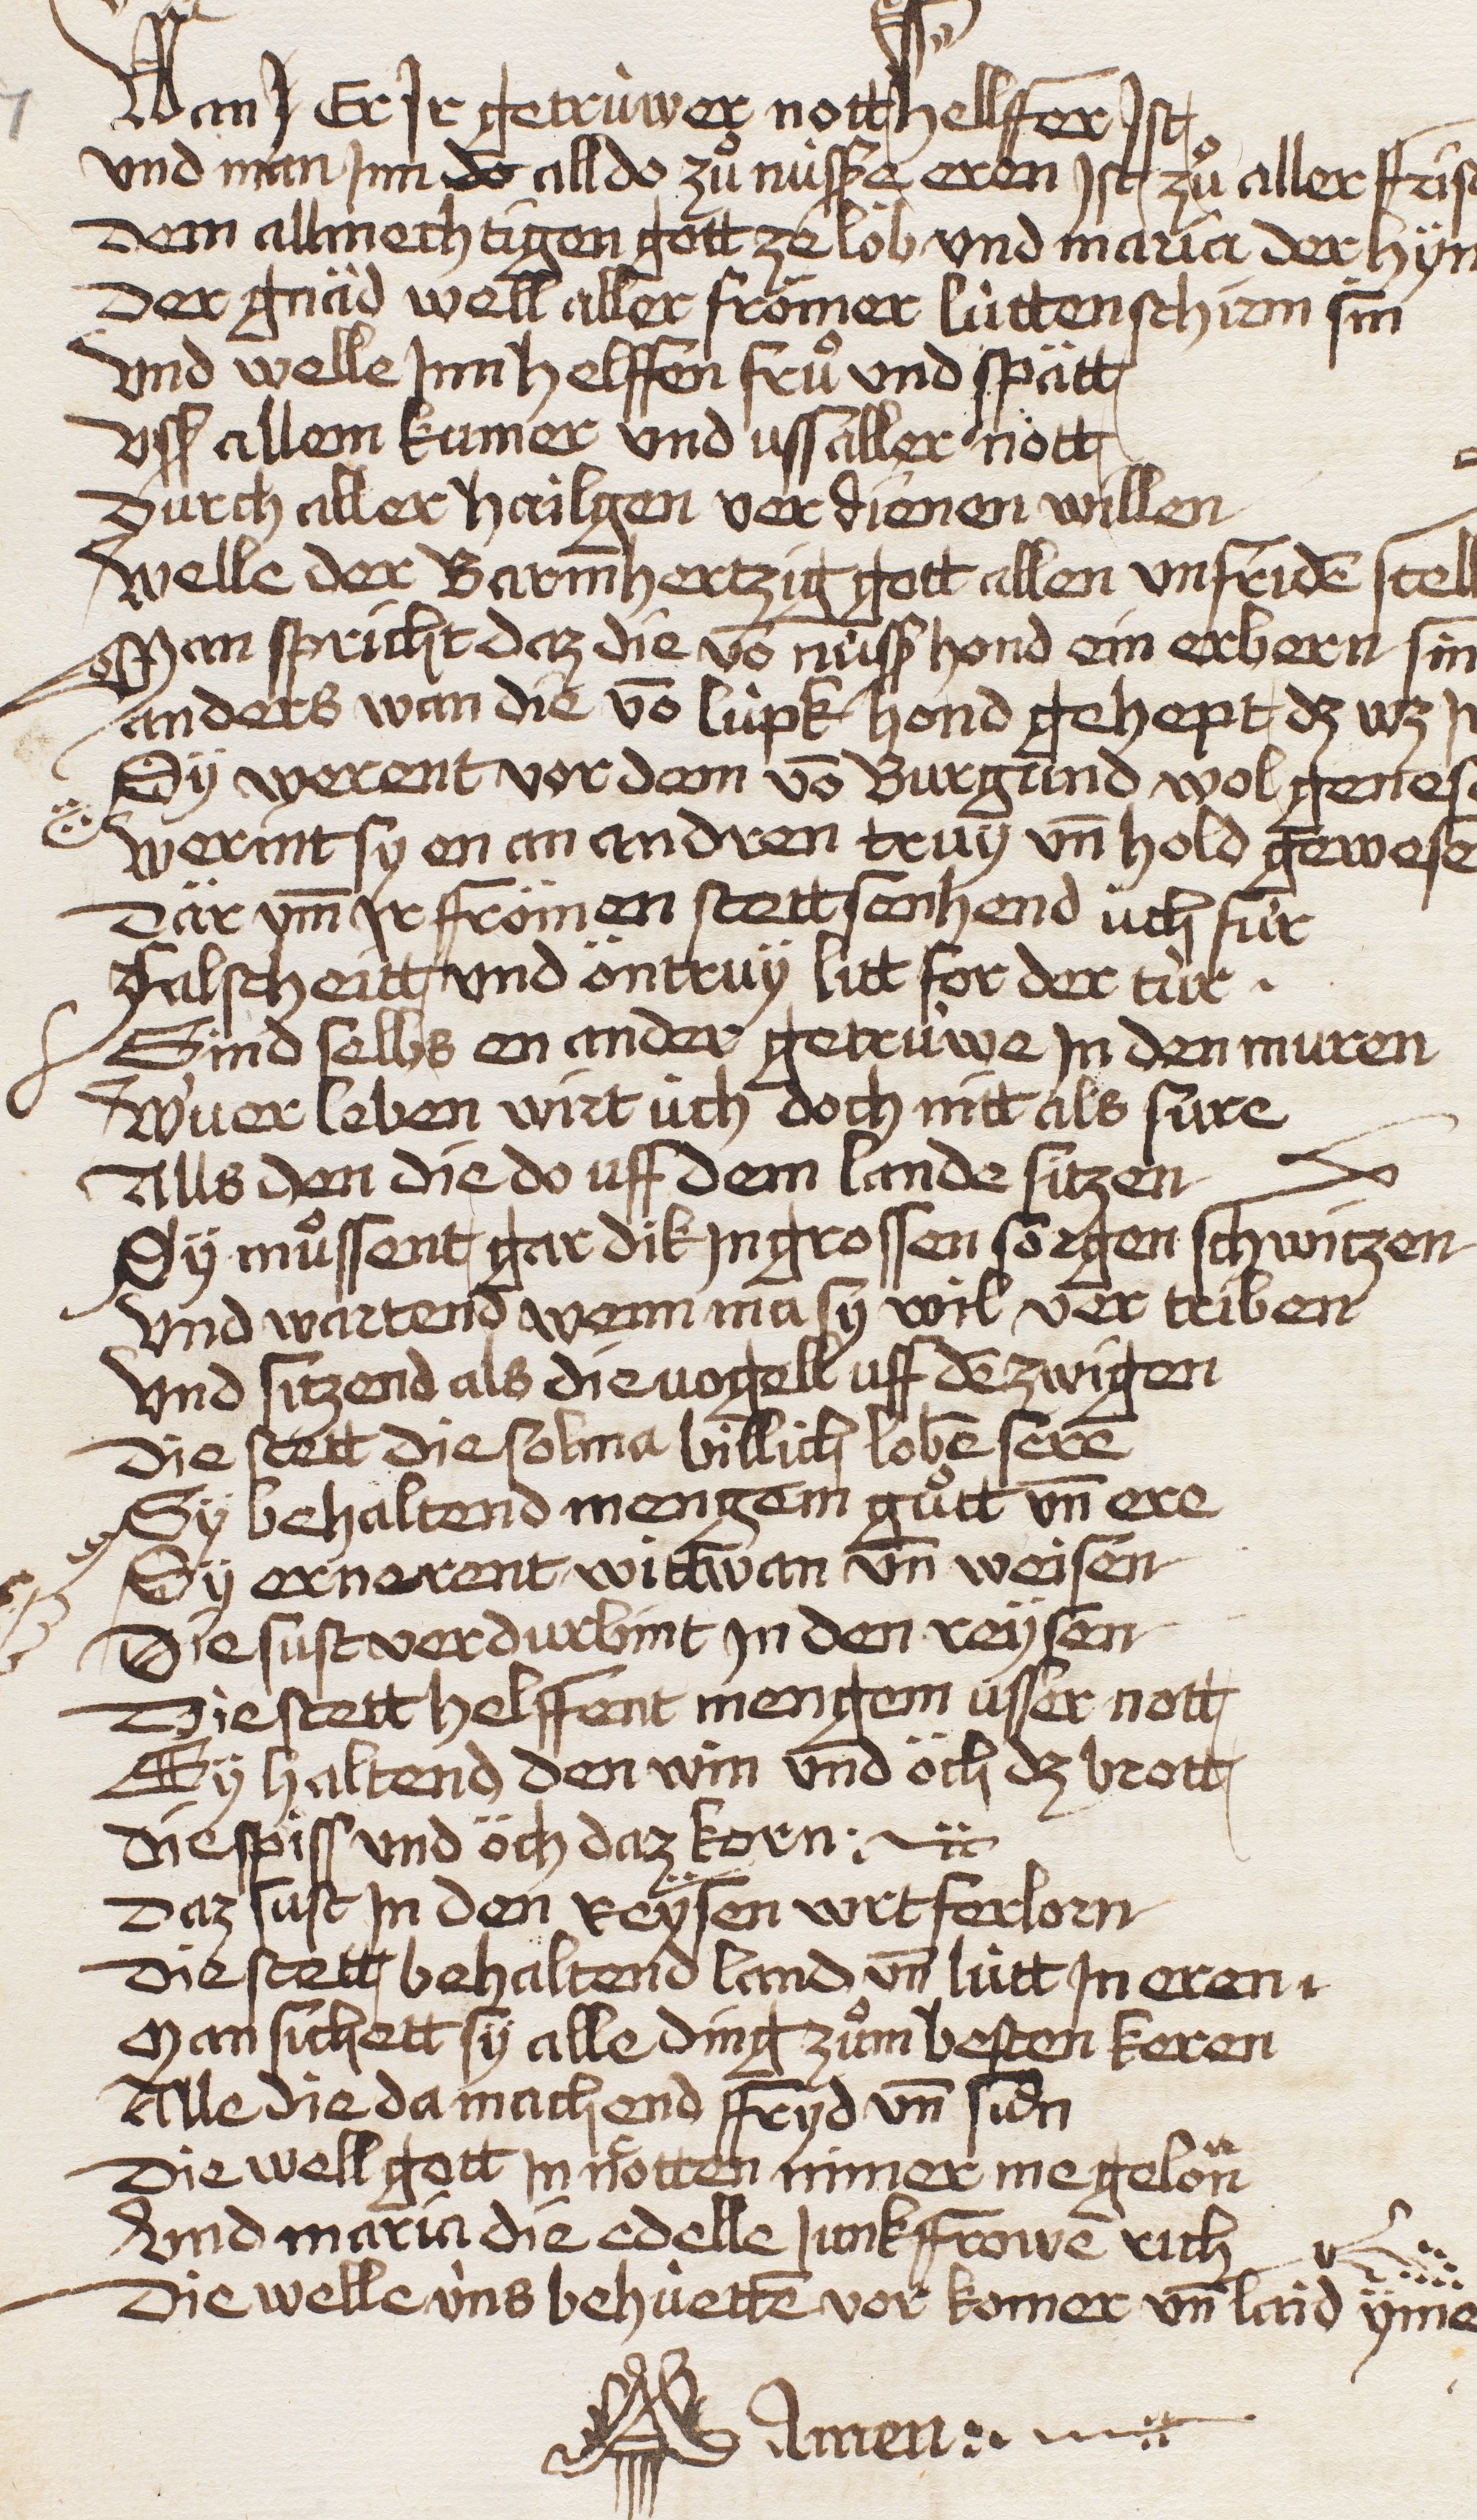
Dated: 1479–1480